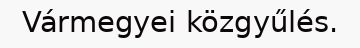
Vármegyei közgyűlés.